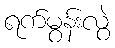
ရက်မွန်းလွဲ